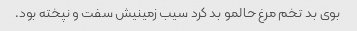
بوی بد تخم مرغ حالمو بد کرد سیب زمینیش سفت و نپخته بود.